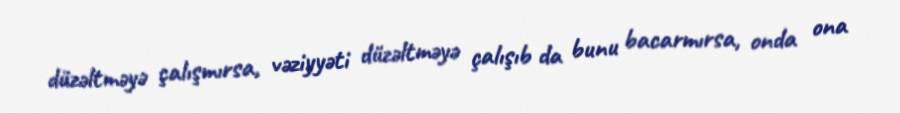
düzəltməyə çalışmırsa, vəziyyəti düzəltməyə çalışıb da bunu bacarmırsa, onda ona